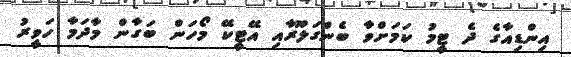
އިންޑިއާގެ ދެ ޓީމު ކަމަށްވާ ބެންގަލޫރާއި އޭޓީކޭ މޯހަން ބަގާން މާދަމާ ހަވީރު